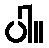
ပါ။